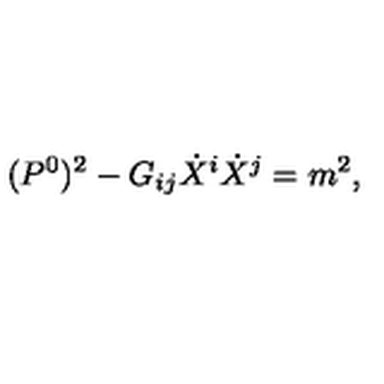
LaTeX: ( P ^ { 0 } ) ^ { 2 } - G _ { i j } \dot { X } ^ { i } \dot { X } ^ { j } = m ^ { 2 } ,